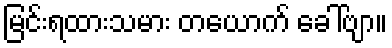
မြင်းရထားသမား တယောက် ခေါ်ဗျာ။